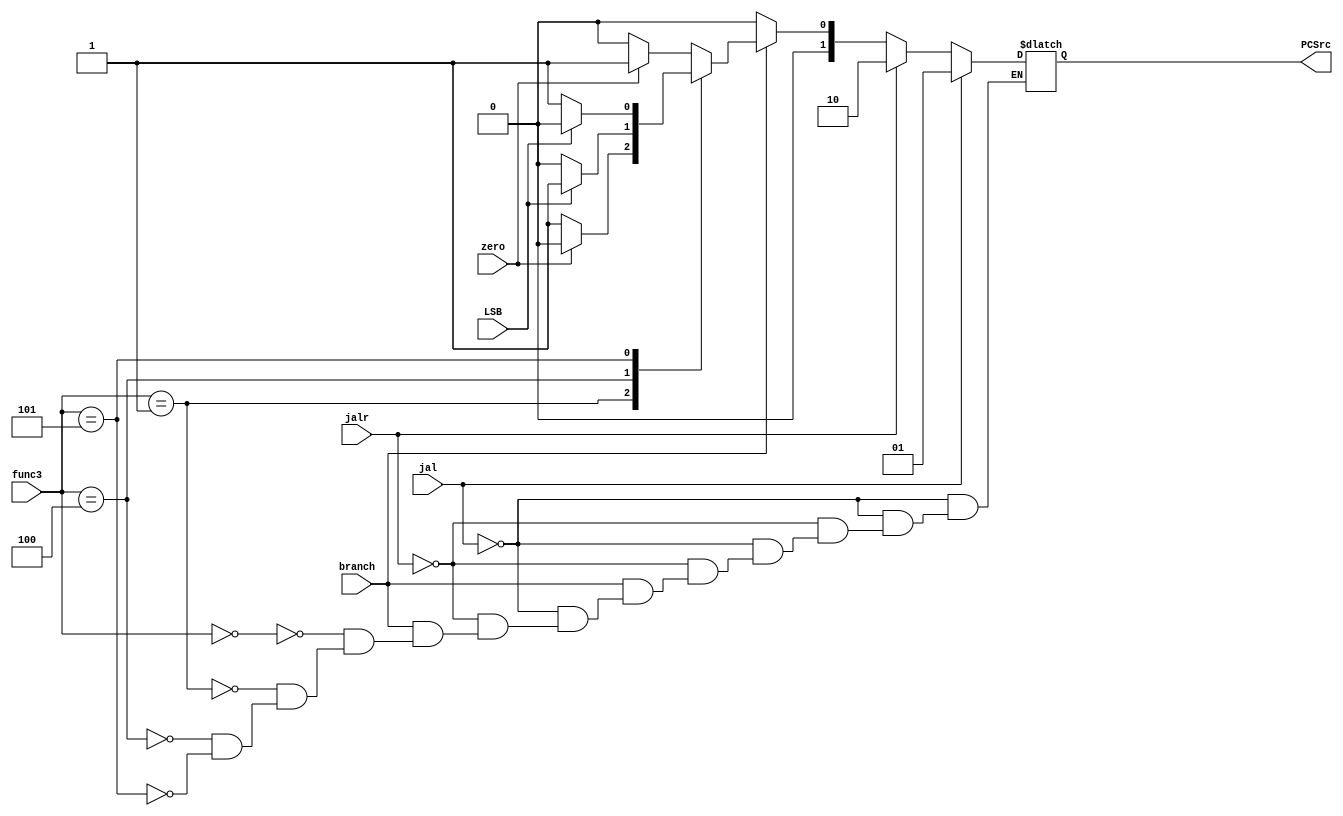
module decoder(jalr, jal, branch, zero, LSB, func3, PCSrc);
	input jalr, jal, branch, zero, LSB;
	input[2:0] func3;
	output reg[1:0] PCSrc=2'b00;

	parameter[2:0] BEQ = 3'b000, BNE = 3'b001, BLT = 3'b100, BGE = 3'b101;
	
	always@(jalr, jal, branch, zero, LSB)
	begin
		if(jal)
			PCSrc = 2'b01;
		else if(jalr)
			PCSrc = 2'b10;
		else if(branch)
		begin
			case(func3)
				BEQ: PCSrc = zero ? 2'b01 : 2'b00;
				BNE: PCSrc = zero ? 2'b00 : 2'b01;
				BLT: PCSrc = LSB ? 2'b01 : 2'b00;
				BGE: PCSrc = LSB ? 2'b00 : 2'b01;
			endcase
		end
		
		else
			PCSrc = 2'b00;
	end
endmodule